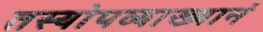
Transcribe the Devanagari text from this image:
तस्योपव्याख्यानं